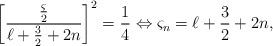
LaTeX: \begin{align*}\left[\frac{\frac{\varsigma}{2}}{\ell+\frac{3}{2}+2n}\right]^2=\frac{1}{4} \Leftrightarrow \varsigma_{n}=\ell+\frac{3}{2}+2n,\end{align*}